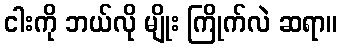
ငါးကို ဘယ်လို မျိုး ကြိုက်လဲ ဆရာ။